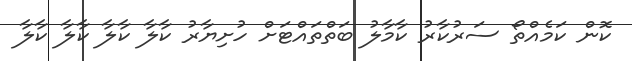
ކޮން ކަމެއްތޯ ސަރުކާރު ކާމާލު ބަތްތައްޓަށް ހުށިޔާރު ކާލާ ކާލާ ކާލާ ކާލާ